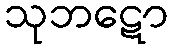
သုဘဋော